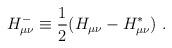
LaTeX: \begin{align*}H^-_ {\mu\nu} \equiv {1\over 2}( H_{\mu\nu} - H^*_{ \mu\nu}) \ .\end{align*}